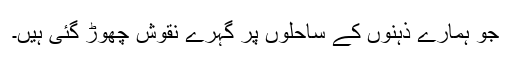
جو ہمارے ذہنوں کے ساحلوں پر گہرے نقوش چھوڑ گئی ہیں۔